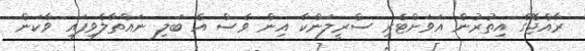
ރާއްޖޭގެ އިތުރުން އަވަށްޓެރި ސްރީލަންކާ އިން ވެސް އެ ބަލި ނައްތާލެވިފައި ވާކަން